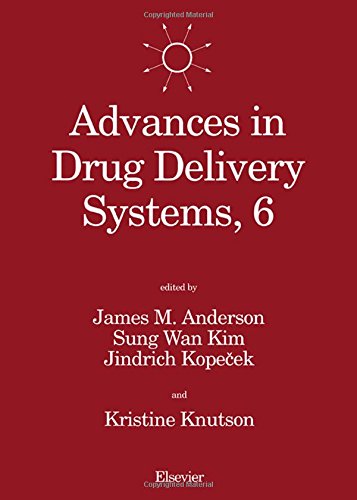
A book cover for Advances in Drug Delivery Systems; Anderson; Medical Books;